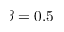
\beta = 0 . 5